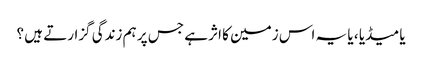
یا میڈیا ، یا یہ اس زمین کا اثر ہے جس پر ہم زندگی گزارتے ہیں ؟